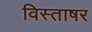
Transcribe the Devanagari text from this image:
विस्ताषर